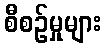
စီစဉ်မှုများ